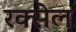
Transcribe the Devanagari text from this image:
रक्सेल